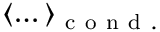
\left< \dots \right> _ { \mathrm { ~ c ~ o ~ n ~ d ~ . ~ } }